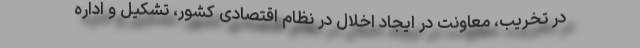
در تخریب، معاونت در ایجاد اخلال در نظام اقتصادی کشور، تشکیل و اداره